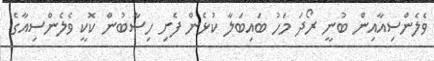
ވެލެންސިއާއިން ބުނީ ރޯދަ މަހު ބައިބަލާ ކުޅެން ފެށި ހިސާބުން ކޮކީ ވެލެންސިއާގެ